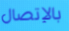
بالإتصال